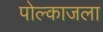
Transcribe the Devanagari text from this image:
पोल्काजला